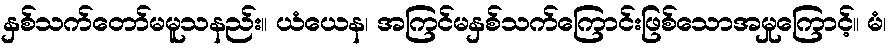
နှစ်သက်တော်မမူသနည်း။ ယံယေန၊ အကြင်မနှစ်သက်ကြောင်းဖြစ်သောအမှုကြောင့်။ မံ၊